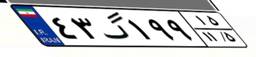
۴۳گ۱۹۹۱۵